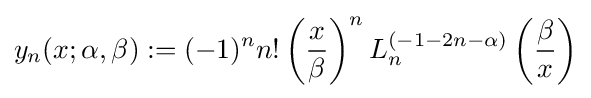
y_{n}(x;\alpha ,\beta ):=(-1)^{n}n!\left({\frac {x}{\beta }}\right)^{n}L_{n}^{(-1-2n-\alpha )}\left({\frac {\beta }{x}}\right)